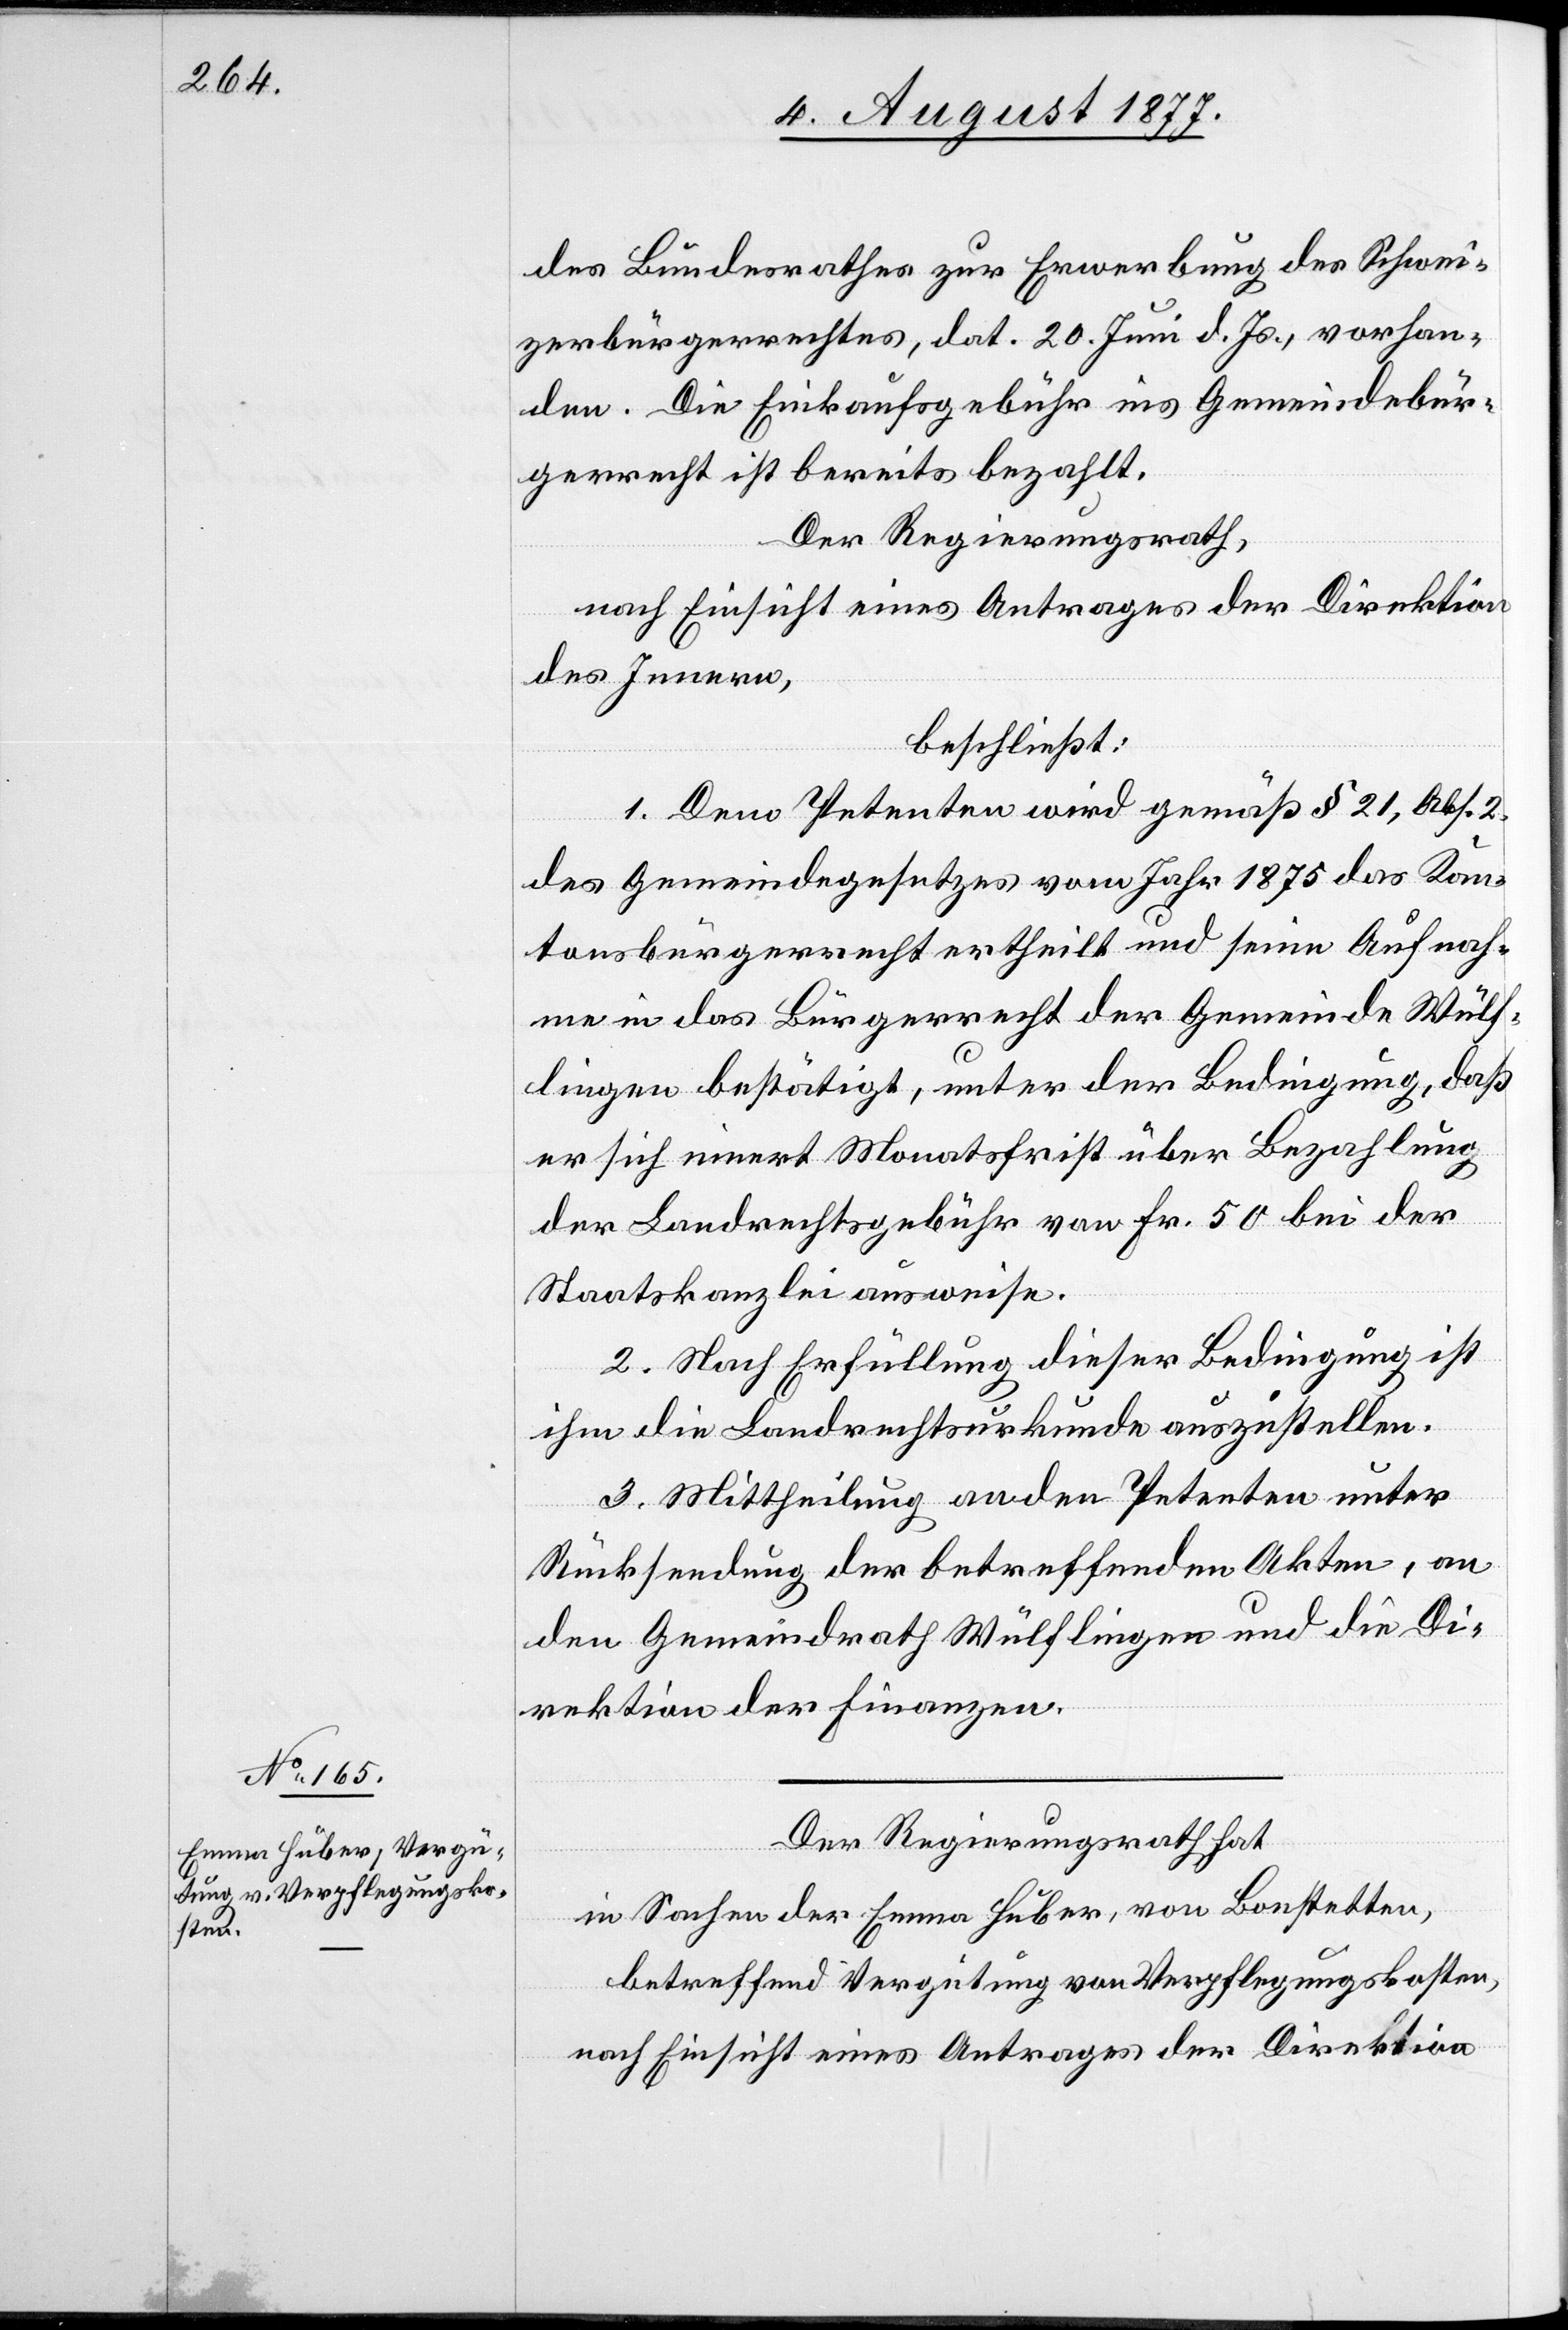
des Bundesrathes zur Erwerbung des Schwei¬
zerbürgerrechtes, dat. 20. Juni d. Js., vorhan¬
den. Die Einkaufsgebühr ins Gemeindebür¬
gerrecht ist bereits bezahlt.
Der Regierungsrath,
nach Einsicht eines Antrages der Direktion
des Innern,
beschließt:
1. Dem Petenten wird gemäß § 21, Abs. 2.
des Gemeindegesetzes vom Jahr 1875 das Kan¬
tonsbürgerrecht ertheilt und seine Aufnah¬
me in das Bürgerrecht der Gemeinde Wülf¬
lingen bestätigt, unter der Bedingung, daß
er sich innert Monatsfrist über Bezahlung
der Landrechtsgebühr von Fr. 50 bei der
Staatskanzlei ausweise.
2. Nach Erfüllung dieser Bedingung ist
ihm die Landrechtsurkunde auszustellen.
3. Mittheilung an den Petenten unter
Rücksendung der betreffenden Akten, an
den Gemeindrath Wülflingen und die Di¬
rektion der Finanzen.
Der Regierungsrath hat
in Sachen der Emma Huber, von Bonstetten,
betreffend Vergütung von Verpflegungskosten,
nach Einsicht eines Antrages der Direktion